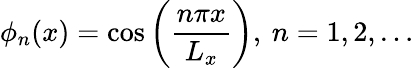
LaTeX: \phi_{n}(x)=\cos\left(\frac{n\pi x}{L_{x}}\right),\: n=1,2,\ldots